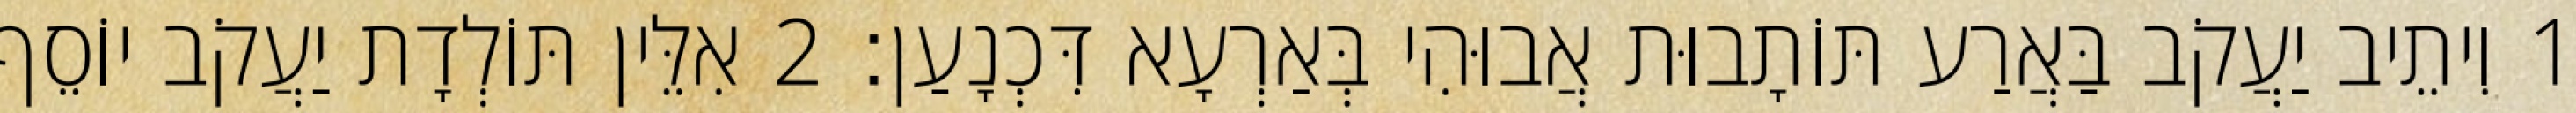
1 וִיתֵיב יַעֲקֹב בַּאֲרַע תּוֹתָבוּת אֲבוּהִי בְּאַרְעָא דִּכְנָעַן׃ 2 אִלֵּין תּוֹלְדָת יַעֲקֹב יוֹסֵף